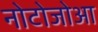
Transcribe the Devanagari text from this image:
नोटोजोआ